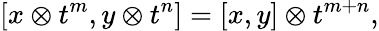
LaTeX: \lbrack x\otimes t^{m},y\otimes t^{n}]=[x,y]\otimes t^{m+n},